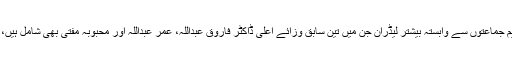
وادی کی میں اسٹریم جماعتوں سے وابستہ بیشتر لیڈران جن میں تین سابق وزائے اعلیٰ ڈاکٹر فاروق عبداللہ، عمر عبداللہ اور محبوبہ مفتی بھی شامل ہیں، لگاتار نظر بند ہیں۔